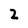
Character: 2